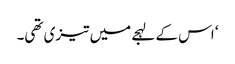
‘ اس کے لہجے میں تیزی تھی۔